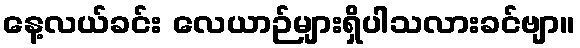
နေ့လယ်ခင်း လေယာဉ်များရှိပါသလားခင်ဗျာ။